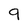
Character: 9